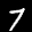
Label: 7